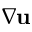
\nabla { \mathbf u }